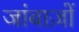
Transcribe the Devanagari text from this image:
जांबाज़ों